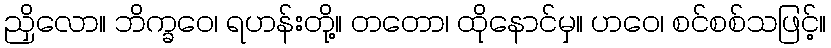
ညှိလော။ ဘိက္ခဝေ၊ ရဟန်းတို့။ တတော၊ ထိုနောင်မှ။ ဟဝေ၊ စင်စစ်သဖြင့်။